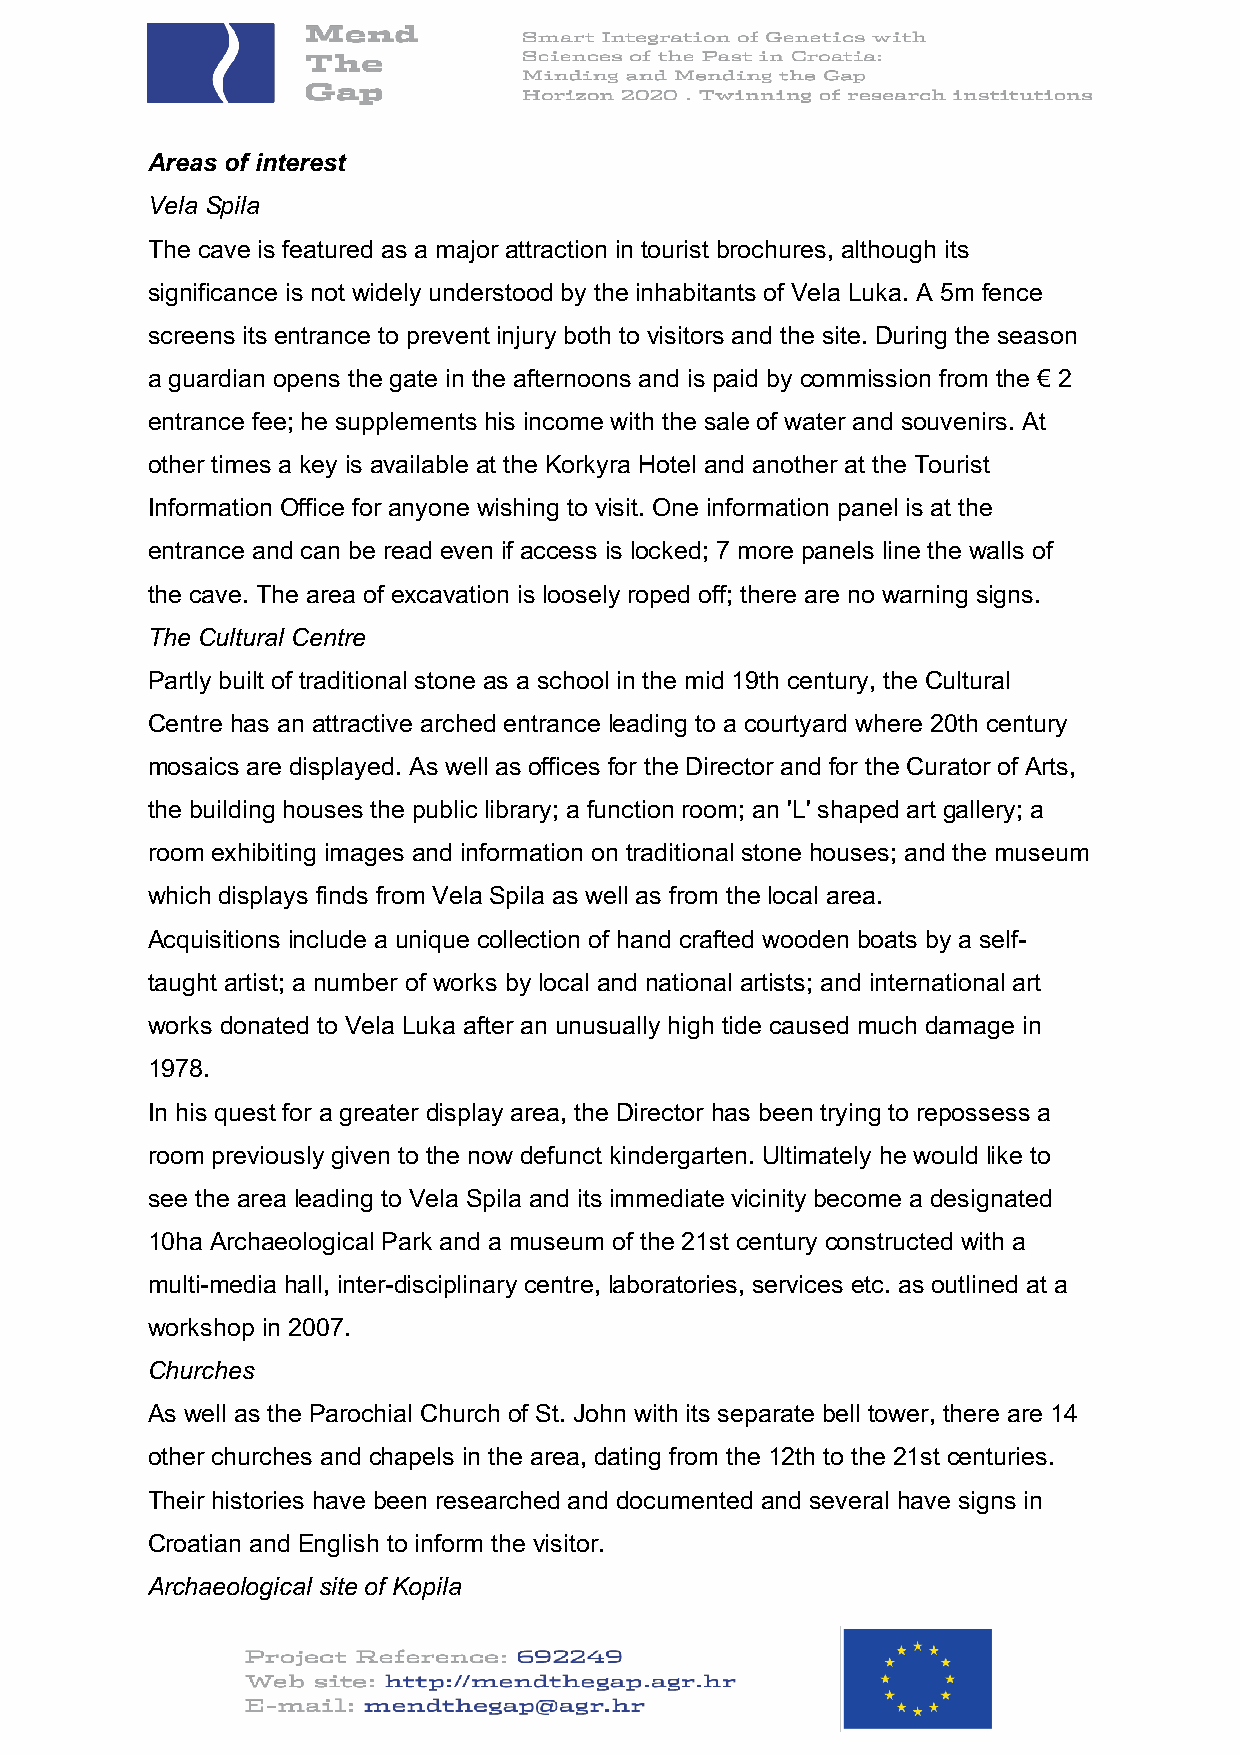
Areas of interest
 Vela Spila
 The cave is featured as a major attraction in tourist brochures, although its
 significance is not widely understood by the inhabitants of Vela Luka. A 5m fence
 screens its entrance to prevent injury both to visitors and the site. During the season
 a guardian opens the gate in the afternoons and is paid by commission from the € 2
 entrance fee; he supplements his income with the sale of water and souvenirs. At
 other times a key is available at the Korkyra Hotel and another at the Tourist
 Information Office for anyone wishing to visit. One information panel is at the
 entrance and can be read even if access is locked; 7 more panels line the walls of
 the cave. The area of excavation is loosely roped off; there are no warning signs.
 The Cultural Centre
 Partly built of traditional stone as a school in the mid 19th century, the Cultural
 Centre has an attractive arched entrance leading to a courtyard where 20th century
 mosaics are displayed. As well as offices for the Director and for the Curator of Arts,
 the building houses the public library; a function room; an 'L' shaped art gallery; a
 room exhibiting images and information on traditional stone houses; and the museum
 which displays finds from Vela Spila as well as from the local area.
 Acquisitions include a unique collection of hand crafted wooden boats by a self-
 taught artist; a number of works by local and national artists; and international art
 works donated to Vela Luka after an unusually high tide caused much damage in
 1978.
 In his quest for a greater display area, the Director has been trying to repossess a
 room previously given to the now defunct kindergarten. Ultimately he would like to
 see the area leading to Vela Spila and its immediate vicinity become a designated
 10ha Archaeological Park and a museum of the 21st century constructed with a
 multi-media hall, inter-disciplinary centre, laboratories, services etc. as outlined at a
 workshop in 2007.
 Churches
 As well as the Parochial Church of St. John with its separate bell tower, there are 14
 other churches and chapels in the area, dating from the 12th to the 21st centuries.
 Their histories have been researched and documented and several have signs in
 Croatian and English to inform the visitor.
 Archaeological site of Kopila